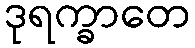
ဒုရက္ခာတေ